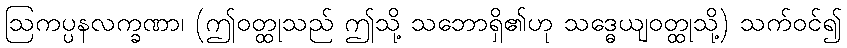
ဩကပ္ပနလက္ခဏာ၊ (ဤဝတ္ထုသည် ဤသို့ သဘောရှိ၏ဟု သဒ္ဓေယျဝတ္ထုသို့) သက်ဝင်၍